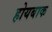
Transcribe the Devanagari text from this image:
होयबाक